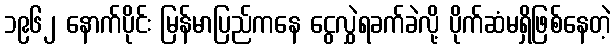
၁၉၆၂ နောက်ပိုင်း မြန်မာပြည်ကနေ ငွေလွှဲရခက်ခဲလို့ ပိုက်ဆံမရှိဖြစ်နေတဲ့